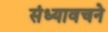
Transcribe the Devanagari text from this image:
संध्यावचने